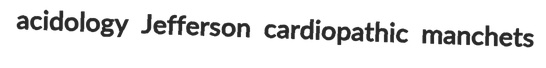
acidology Jefferson cardiopathic manchets